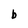
Character: b